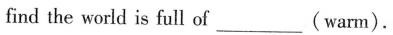
find the world is full of___( warm).